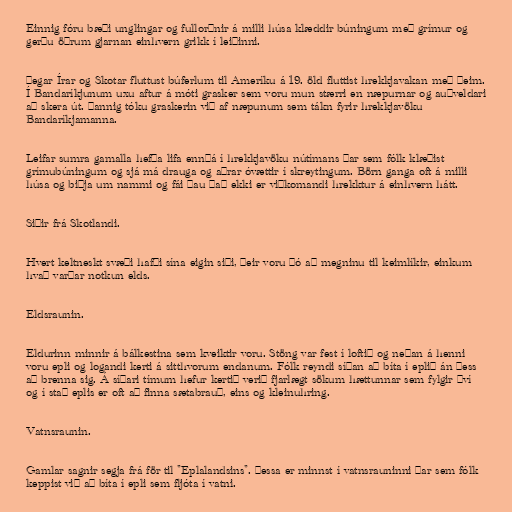
Einnig fóru bæði unglingar og fullorðnir á milli húsa klæddir búningum með grímur og
gerðu öðrum gjarnan einhvern grikk í leiðinni.

Þegar Írar og Skotar fluttust búferlum til Ameríku á 19. öld fluttist hrekkjavakan með þeim.
Í Bandaríkjunum uxu aftur á móti grasker sem voru mun stærri en næpurnar og auðveldari
að skera út. Þannig tóku graskerin við af næpunum sem tákn fyrir hrekkjavöku
Bandaríkjamanna.

Leifar sumra gamalla hefða lifa ennþá í hrekkjavöku nútímans þar sem fólk klæðist
grímubúningum og sjá má drauga og aðrar óvættir í skreytingum. Börn ganga oft á milli
húsa og biðja um nammi og fái þau það ekki er viðkomandi hrekktur á einhvern hátt.

Siðir frá Skotlandi.

Hvert keltneskt svæði hafði sína eigin siði, þeir voru þó að megninu til keimlíkir, einkum
hvað varðar notkun elds.

Eldsraunin.

Eldurinn minnir á bálkestina sem kveiktir voru. Stöng var fest í loftið og neðan á henni
voru epli og logandi kerti á sitthvorum endanum. Fólk reyndi síðan að bíta í eplið án þess
að brenna sig. Á síðari tímum hefur kertið verið fjarlægt sökum hættunnar sem fylgir því
og í stað eplis er oft að finna sætabrauð, eins og kleinuhring.

Vatnsraunin.

Gamlar sagnir segja frá för til "Eplalandsins". Þessa er minnst í vatnsrauninni þar sem fólk
keppist við að bíta í epli sem fljóta í vatni.